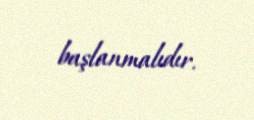
başlanmalıdır.